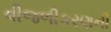
વીજળીકરણની